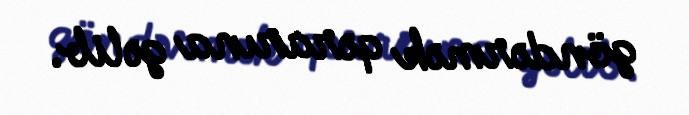
göndərmək qərarına gəlib.